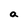
Character: a